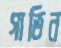
গাভিন